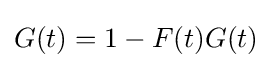
G(t)=1-F(t)G(t)